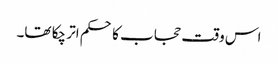
اس وقت حجاب کا حکم اتر چکا تھا۔